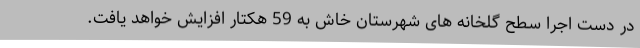
در دست اجرا سطح گلخانه های شهرستان خاش به 59 هکتار افزایش خواهد یافت.